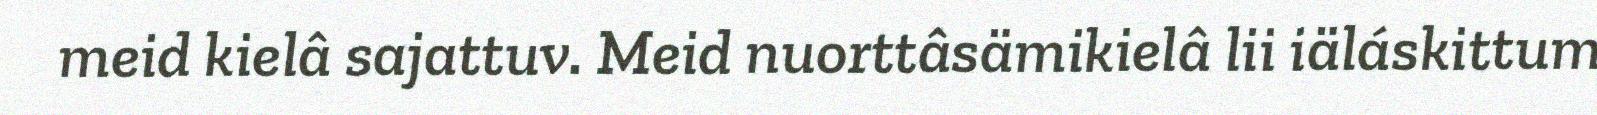
meid kielâ sajattuv. Meid nuorttâsämikielâ lii iäláskittum